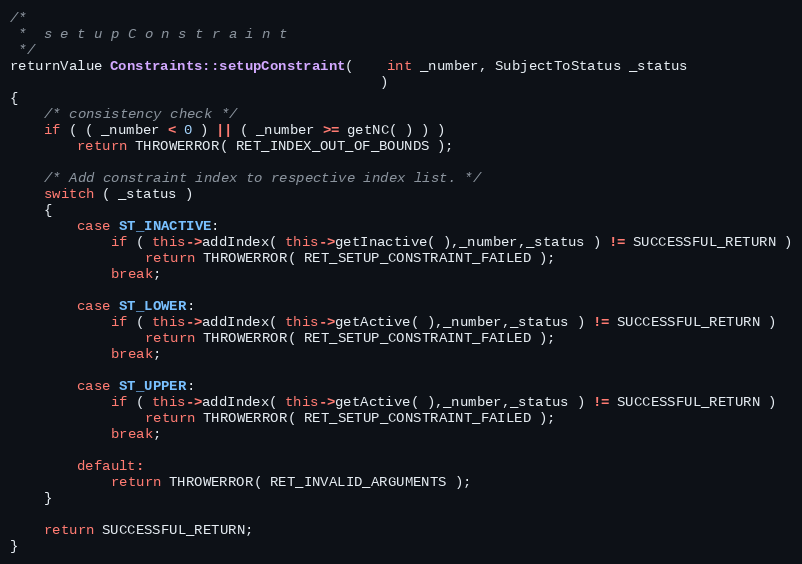
Language: C++
/*
 *	s e t u p C o n s t r a i n t
 */
returnValue Constraints::setupConstraint(	int _number, SubjectToStatus _status
											)
{
	/* consistency check */
	if ( ( _number < 0 ) || ( _number >= getNC( ) ) )
		return THROWERROR( RET_INDEX_OUT_OF_BOUNDS );

	/* Add constraint index to respective index list. */
	switch ( _status )
	{
		case ST_INACTIVE:
			if ( this->addIndex( this->getInactive( ),_number,_status ) != SUCCESSFUL_RETURN )
				return THROWERROR( RET_SETUP_CONSTRAINT_FAILED );
			break;

		case ST_LOWER:
			if ( this->addIndex( this->getActive( ),_number,_status ) != SUCCESSFUL_RETURN )
				return THROWERROR( RET_SETUP_CONSTRAINT_FAILED );
			break;

		case ST_UPPER:
			if ( this->addIndex( this->getActive( ),_number,_status ) != SUCCESSFUL_RETURN )
				return THROWERROR( RET_SETUP_CONSTRAINT_FAILED );
			break;

		default:
			return THROWERROR( RET_INVALID_ARGUMENTS );
	}

	return SUCCESSFUL_RETURN;
}